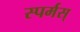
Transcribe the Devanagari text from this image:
स्पर्मस्‌